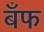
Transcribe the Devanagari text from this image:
बँफ